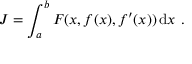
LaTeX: J = \int _ { a } ^ { b } F ( x , f ( x ) , f ^ { \prime } ( x ) ) \, \mathrm { d } x \ .